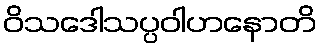
ဝိသဒေါသပ္ပဝါဟနောတိ